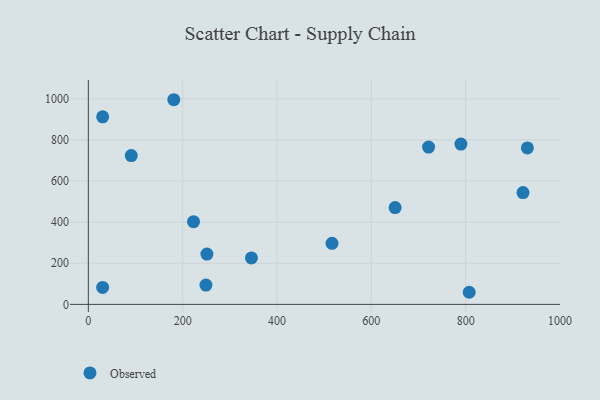
{"axis": {"x": "Speed", "y": "Profit"}, "legend": ["Observed"], "data": [{"x": "30.4", "y": 911.9, "type": "Observed"}, {"x": "91.0", "y": 723.5, "type": "Observed"}, {"x": "807.5", "y": 58.9, "type": "Observed"}, {"x": "223.0", "y": 402.2, "type": "Observed"}, {"x": "30.3", "y": 82.3, "type": "Observed"}, {"x": "789.9", "y": 779.8, "type": "Observed"}, {"x": "650.4", "y": 471.0, "type": "Observed"}, {"x": "921.5", "y": 543.8, "type": "Observed"}, {"x": "516.6", "y": 297.1, "type": "Observed"}, {"x": "930.8", "y": 760.9, "type": "Observed"}, {"x": "721.3", "y": 764.9, "type": "Observed"}, {"x": "251.4", "y": 244.7, "type": "Observed"}, {"x": "181.2", "y": 995.3, "type": "Observed"}, {"x": "249.3", "y": 93.8, "type": "Observed"}, {"x": "345.8", "y": 226.0, "type": "Observed"}]}